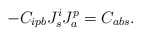
\begin{align*}- C_{ipb} J^i_s J^p_a = C_{abs}.\end{align*}